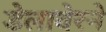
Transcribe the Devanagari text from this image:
डेलावेरने